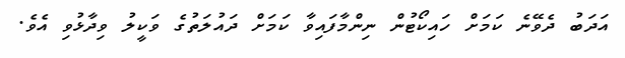
އަދަބު ދެވޭނެ ކަމަށް ހައިކޯޓުން ނިންމާފައިވާ ކަމަށް ދައުލަތުގެ ވަކީލު ވިދާޅުވި އެވެ.